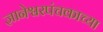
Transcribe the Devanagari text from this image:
ज्ञानेश्वरपंचकाच्या